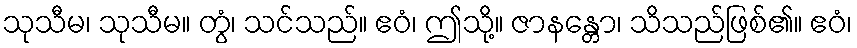
သုသီမ၊ သုသီမ။ တွံ၊ သင်သည်။ ဧဝံ၊ ဤသို့။ ဇာနန္တော၊ သိသည်ဖြစ်၏။ ဧဝံ၊